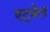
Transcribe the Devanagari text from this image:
एट्वेल